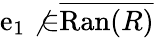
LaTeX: \mathrm{e}_{1}\not{\in}{\overline{{{\mathrm{{Ran}}(R)}}}}